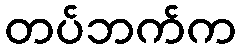
တပ်ဘက်က